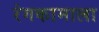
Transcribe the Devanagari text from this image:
रंगकामाला